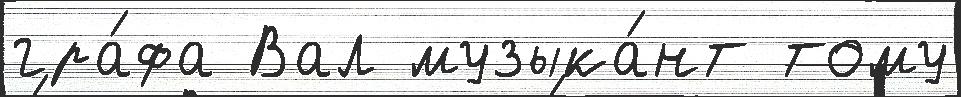
гра́фа Вал музыка́нт тому